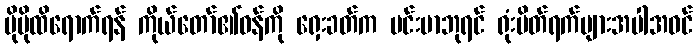
ပိုမိုထိရောက်ရန် ကိုယ်တော်၏ဝန်ကို ရှေးခတ်က မင်းဗာဘုရင် ရုံးပိတ်ရက်များအပါအဝင်